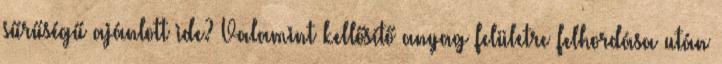
sűrűségű ajánlott ide? Valamint kellősítő anyag felületre felhordása után